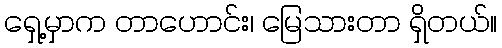
ရှေ့မှာက တာဟောင်း၊ မြေသားတာ ရှိတယ်။